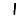
Digit: 1